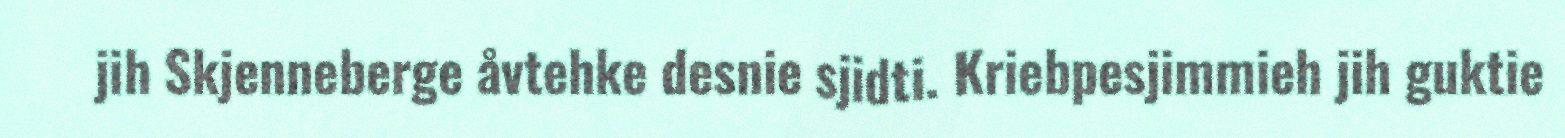
jih Skjenneberge åvtehke desnie sjidti. Kriebpesjimmieh jih guktie